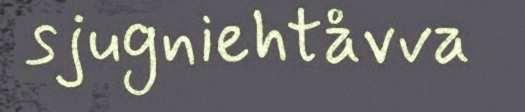
sjugniehtåvva